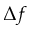
\Delta f